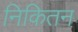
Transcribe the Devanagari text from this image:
निकितन